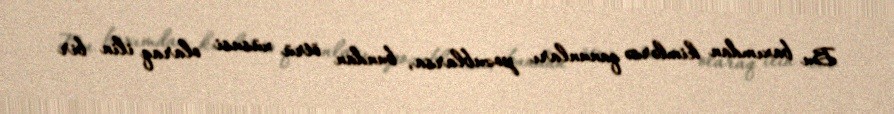
Bu baxımdan kimlərsə qanunları pozublarsa, bundan ötrü xüsusi olaraq ilin bir